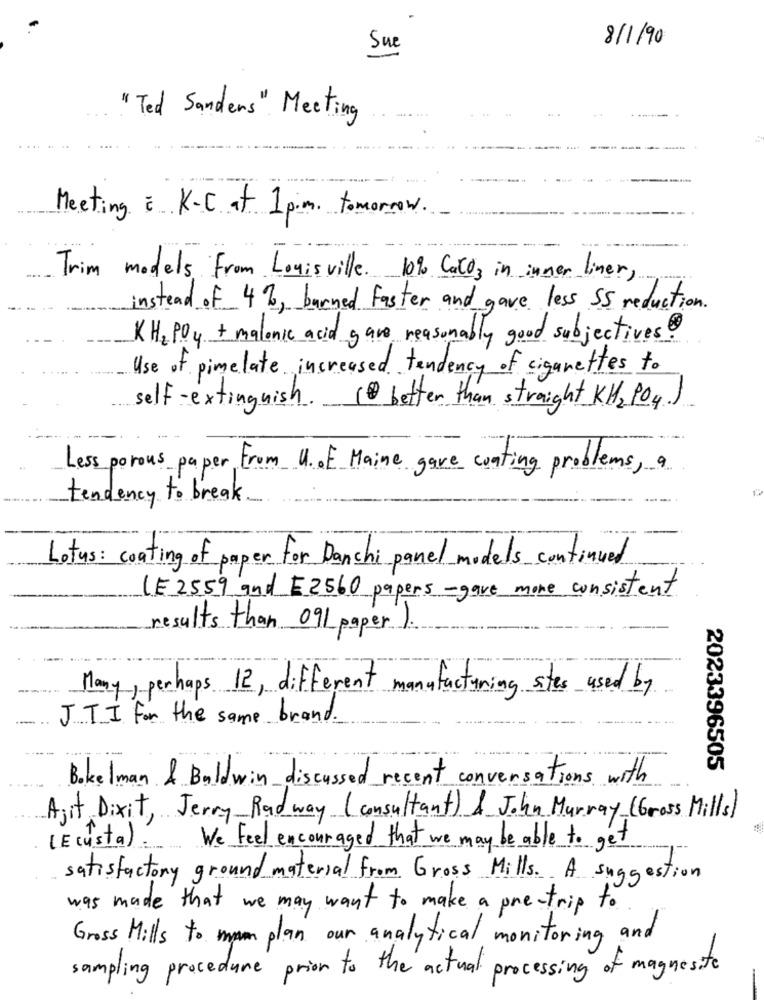
8/1/90
Sue
- 4
" Ted Sanders " Meeting
...
Meeting & K-C at 1 p.m. tomorrow.
Trim models From Louisville. 10% Cald3 in inner liner,
instead of_ 4 %, burned faster and gave less SS reduction.
KH2 POy + malonic acid gave reasonably good subjectives?
Use of pimelate increased tendency of cigarettes to
self- extinguish ..
( better than straight KH2 PO4)
Less porous paper From U. of Maine gave coating problems, a
tendency to break
Lotus : coating of paper for Danchi panel models continued
LE 2559 and E2560 papers -gave more consistent
Its than 091 paper).
Many, perhaps 12, different manufacturing sites used by
J.TI for the same brand.
2023396505
Bokelman & Baldwin discussed recent conversations with
Ajit Dixit, Jerry Rad way (consultant) & John Murray (Gross Mills)
(Ecusta). We Feel encouraged that we may be able to get
satisfactory ground material from Gross Mills. A suggestion
was made that we may want to make a pre-trip to
Gross Mills to mam plan our analytical monitoring and
sampling procedure prion to the actual processing of magnesite